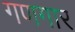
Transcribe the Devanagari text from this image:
गणगार